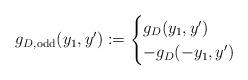
LaTeX: \begin{align*}g_{D,\mathrm{odd}}(y_1,y^\prime) :=\begin{cases}g_D(y_1,y^\prime)&\\- g_D(-y_1,y^\prime)&\end{cases}\end{align*}